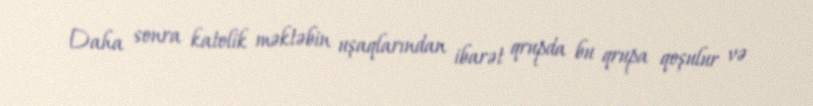
Daha sonra katolik məktəbin uşaqlarından ibarət qrupda bu qrupa qoşulur və